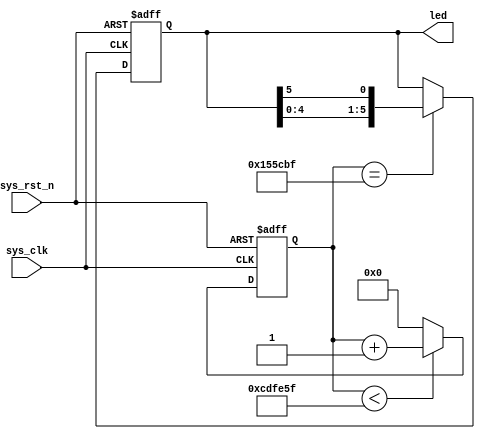
module led (
    input sys_clk,
    input sys_rst_n,
    output reg [5:0] led
);

reg [23:0] counter;

always @(posedge sys_clk or negedge sys_rst_n) begin
    if (!sys_rst_n)
        counter <= 24'd0;
    else if (counter < 24'd1349_9999)
        counter <= counter + 1'b1;
    else
        counter <= 24'd0;
end

always @(posedge sys_clk or negedge sys_rst_n) begin
    if (!sys_rst_n)
        led <= 6'b111110;
    else if (counter == 24'd139_9999)
        led[5:0] <= {led[4:0], led[5]};
    else
        led <= led;
end

endmodule